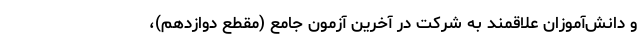
و دانش‌آموزان علاقمند به شرکت در آخرین آزمون‌ جامع (مقطع دوازدهم)،